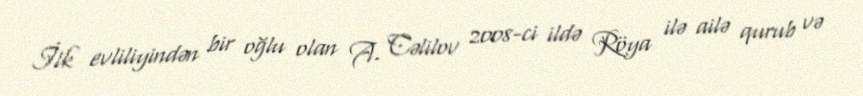
İlk evliliyindən bir oğlu olan A. Cəlilov 2008-ci ildə Röya ilə ailə qurub və